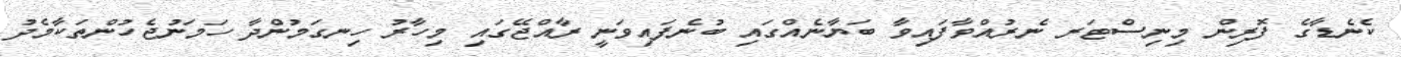
ކެނެޑާގެ ފޮރިން މިނިސްޓަރ ނެރުއްވާފައިވާ ބަޔާނެއްގައި ބުނެފައިވަނީ ރާއްޖޭގައި މިހާރު ހިނގަމުންދާ ހަމަނުޖެހުންތަކާމެދު